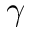
\gamma